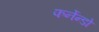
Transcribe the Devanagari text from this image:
फर्नेन्डो